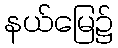
နယ်မြေ၌